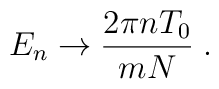
E_n \rightarrow {2\pi nT_0\over mN}\; .